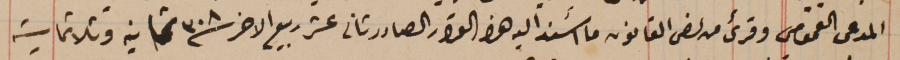
المدعى العمومى وقرىء من نص القانون ما أسند اليه هذا القرار الصادر ثانى عشر ربيع الاخر سنة ٣٠٨ ثمانيه وثلاثماية